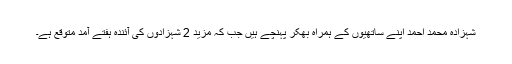
شہزادہ محمد احمد اپنے ساتھیوں کے ہمراہ بھکر پہنچے ہیں جب کہ مزید 2 شہزادوں کی آئندہ ہفتے آمد متوقع ہے۔